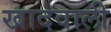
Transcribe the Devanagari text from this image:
खादवाली